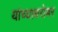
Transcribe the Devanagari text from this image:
यांच्‍याबरोबर